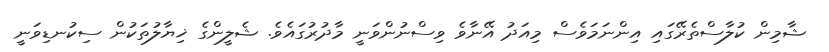
ޝާމިން ކުލާސްތެރޭގައި އިންނަމަވެސް މިއަދު އޭނާވެ ވިސްނުންވަނީ މާދުރުގައެވެ. ޝެލީންގެ ޚިޔާލުތަކުން ސިކުނޑިވަނީ